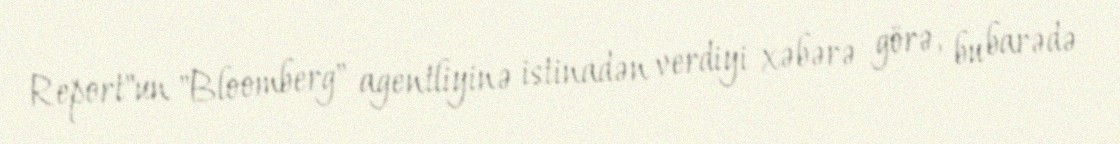
Report"un "Bloomberg" agentliyinə istinadən verdiyi xəbərə görə, bu barədə